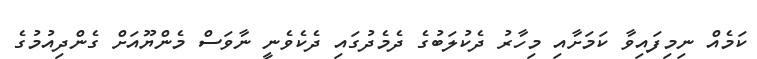
ކަމެއް ނިމިފައިވާ ކަމަށާއި މިހާރު ދެކުލަބުގެ ދެމެދުގައި ދެކެވެނީ ނާވަސް މެންޔޫއަށް ގެންދިއުމުގެ